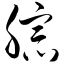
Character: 腙